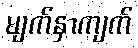
မျက်နှာကျက်